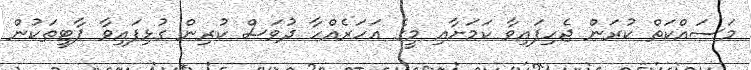
މަސައްކަތް ކުރަން ޖެހިފައިވާ ކަމަށާއި މީގެ އަހަރެއްހާ ދުވަސް ކުރިން ގުޅިފައިވާ ޕާޓީތަކުން